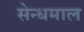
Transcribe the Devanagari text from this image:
सेन्धमाल